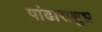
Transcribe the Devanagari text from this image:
पांढाराशुभ्र